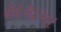
હાથમા